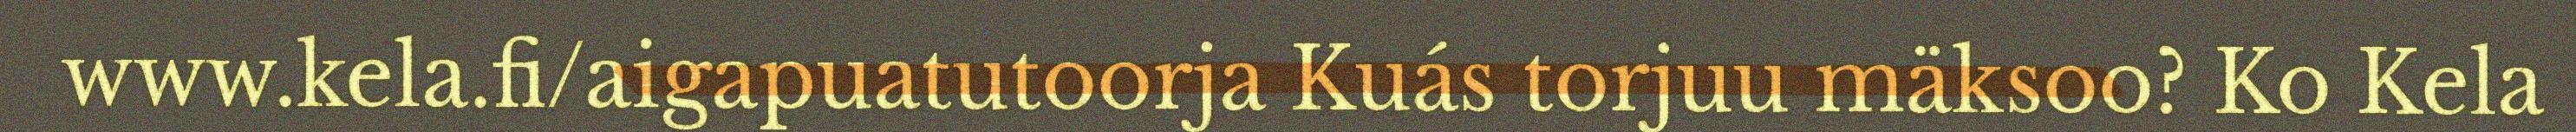
www.kela.fi/aigapuatutoorja Kuás torjuu mäksoo? Ko Kela